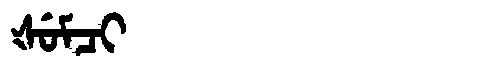
Manchu: ᡧᡠᠮᠴᡳ
Romanization: ŠUMCI